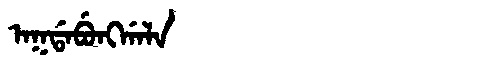
Manchu: ᠠᡴᡩᠠᠪᡠᠩᡤᠠᠯᠠ
Romanization: AKDABUNGGALA